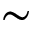
\sim